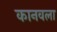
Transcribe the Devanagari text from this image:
कानवला